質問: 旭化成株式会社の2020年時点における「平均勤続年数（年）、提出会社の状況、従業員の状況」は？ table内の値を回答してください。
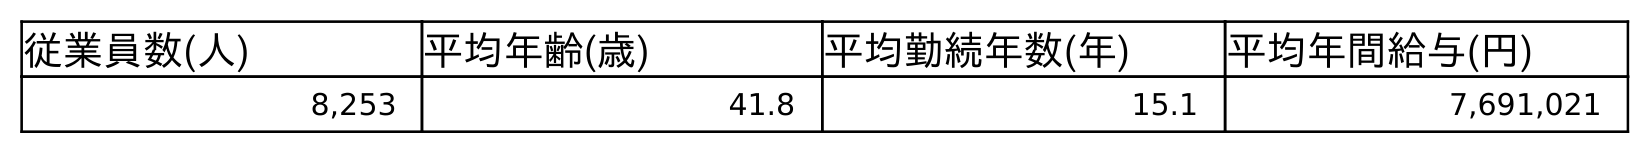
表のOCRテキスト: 従業員数(人) 平均年齢(歳) 平均勤続年数(年) 平均年間給与(円) 8,253 41.8 15.1 7,691,021
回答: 15.1